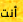
أنت